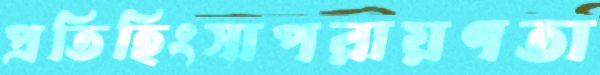
প্রতিহিংসাপরায়ণতা